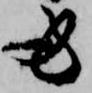
労